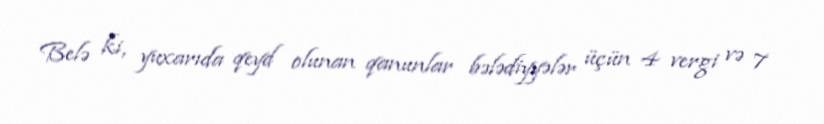
Belə ki, yuxarıda qeyd olunan qanunlar bələdiyyələr üçün 4 vergi və 7